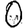
Digit: 0